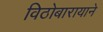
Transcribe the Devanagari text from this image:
विठोबारायाने